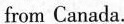
from Canada.